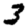
Digit: 3